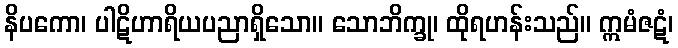
နိပကော၊ ပါဋိဟာရိယပညာရှိသော။ သောဘိက္ခု၊ ထိုရဟန်းသည်။ ဣမံဇဋံ၊